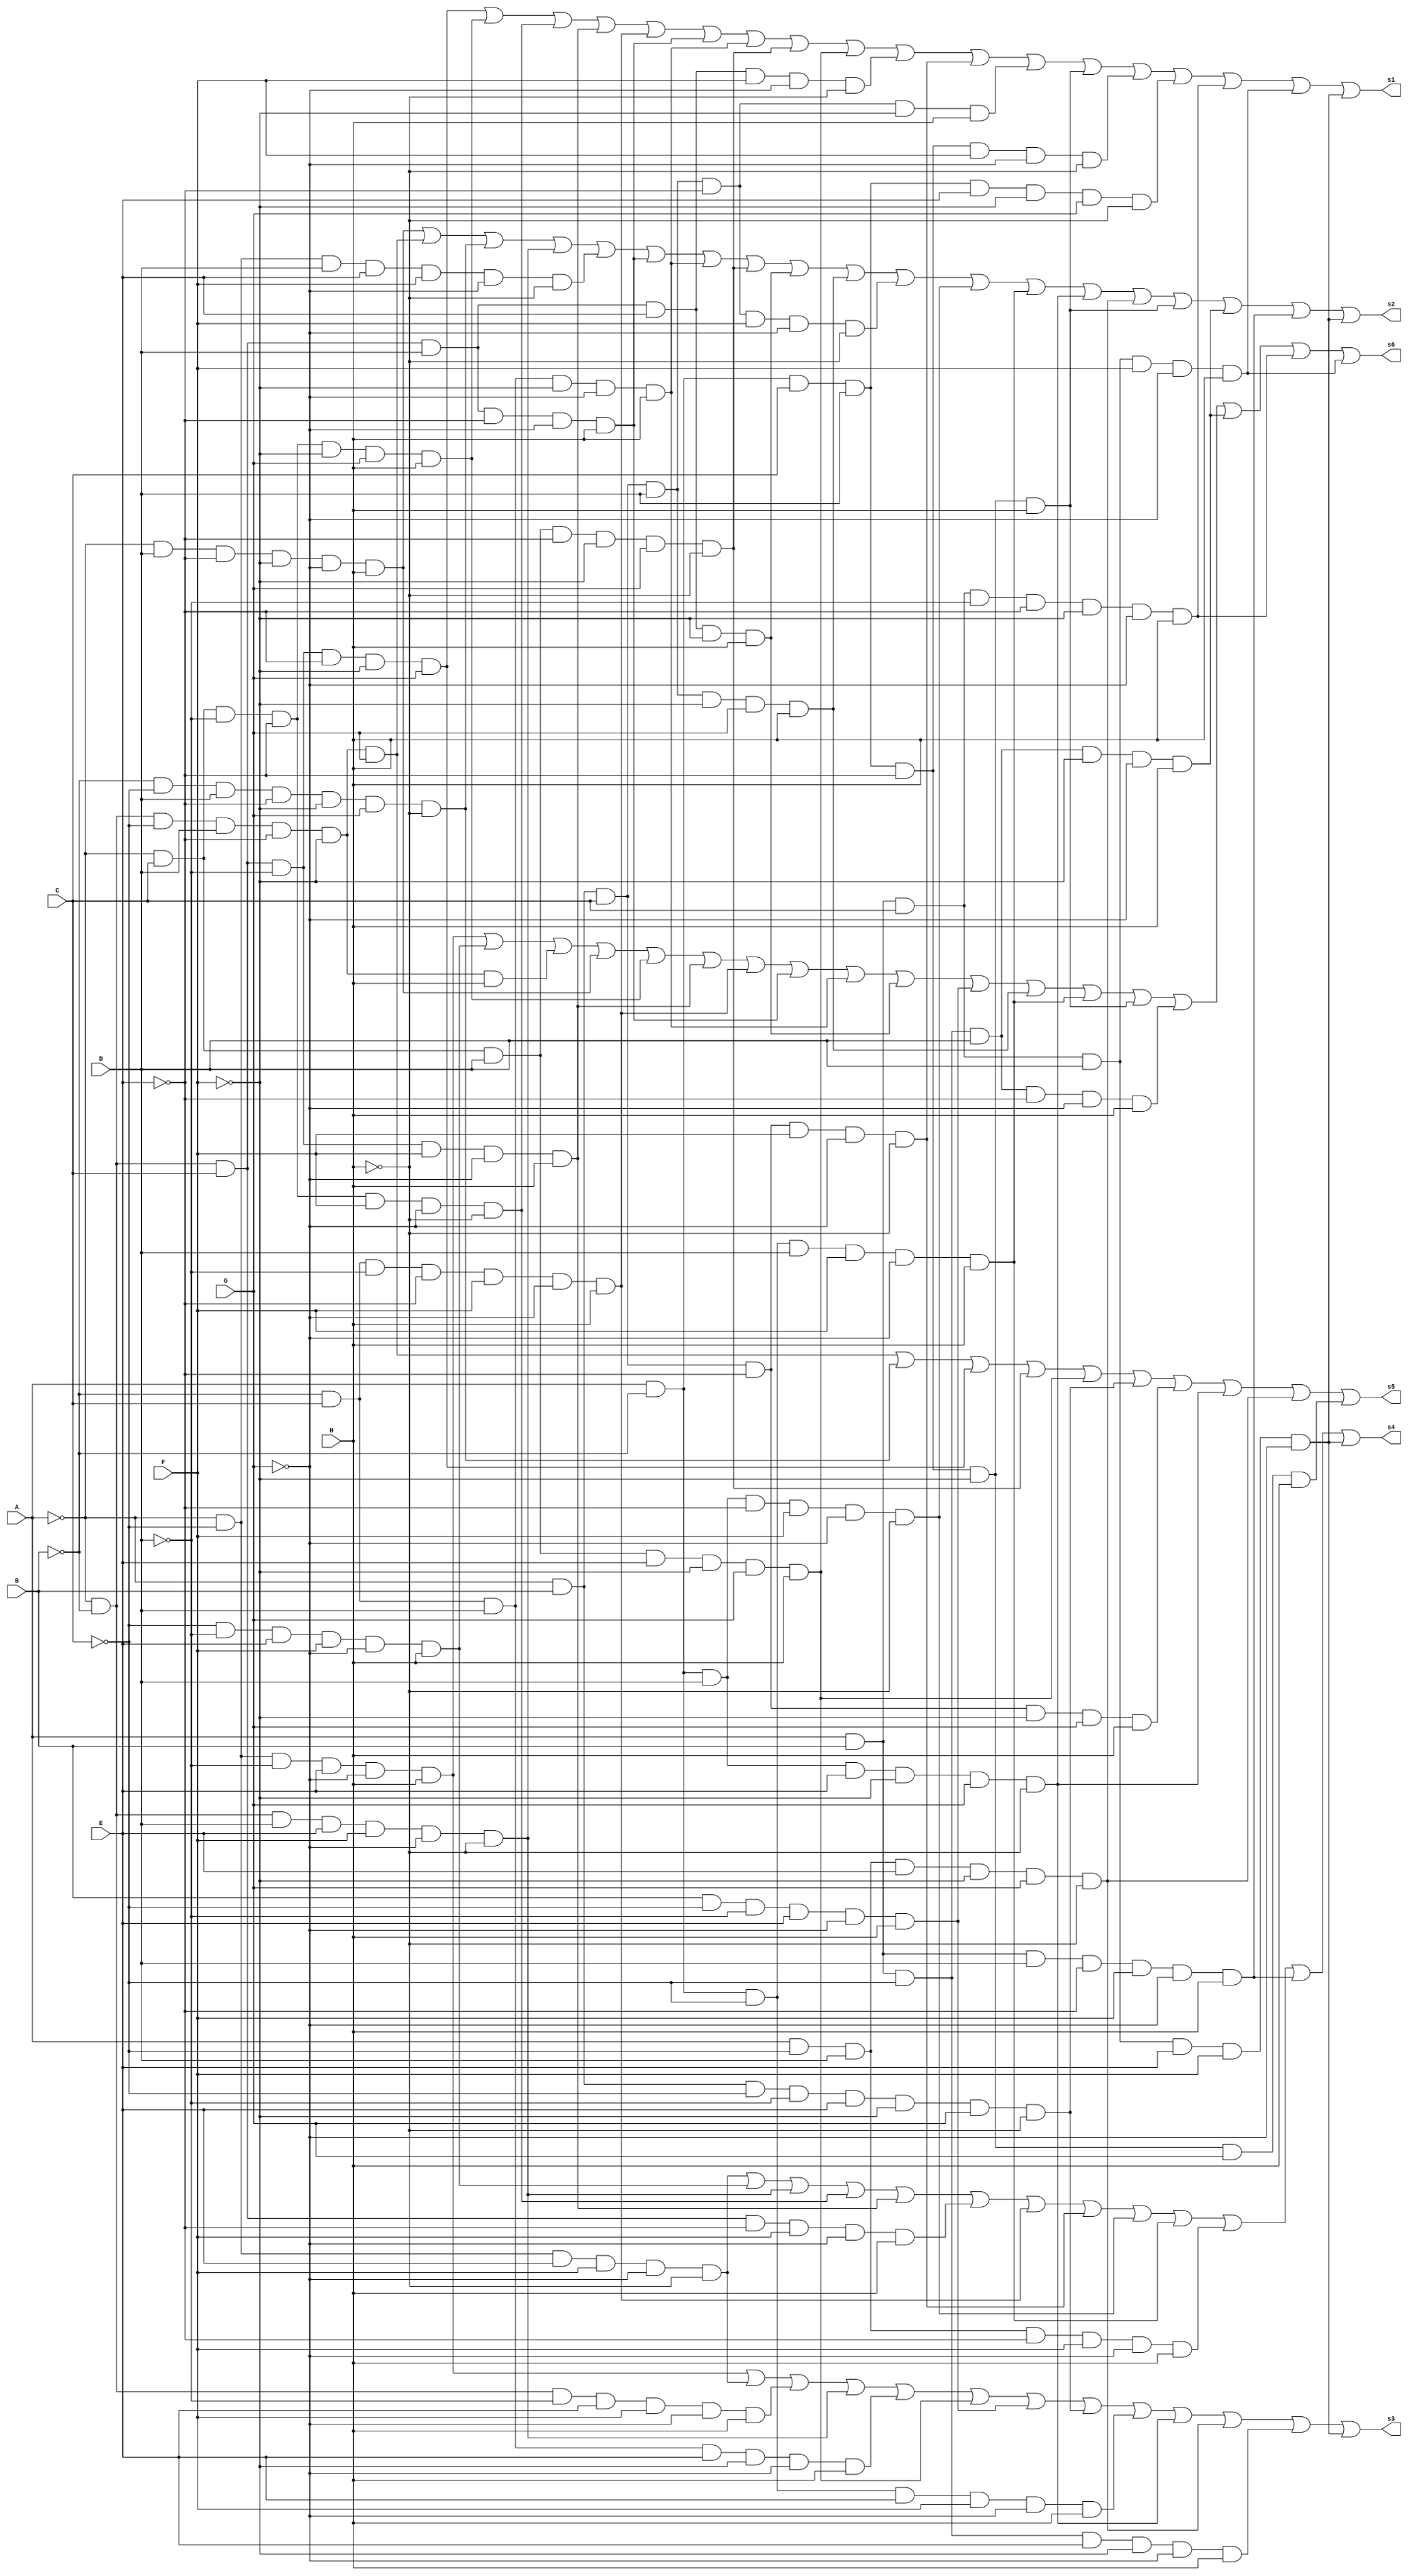
module ataque(//errado rever 
input A,B,C,D,E,F,G,H,
output s1,s2,s3,s4,s5,s6);

assign s1 = (~A & ~B & C & ~D & ~E & ~F & G) | (~A & C & ~D & ~E & ~F & G & H) | (~A & C & ~D & ~E & F & ~G & ~H) | (~A & ~B & C & ~D & F & ~G & H) | (~B & C & ~D & ~E & F & ~G & H) | (~A & ~B & C & D & ~E & ~G & H) | (~B & C & D & ~F & ~G & H) | (~A & C & D & ~E & ~F & G & ~H) | (~A & C & D & E & ~F & G & H) | (~A & ~B & C & D & E & F & ~G & ~H) | (~A & B & C & ~E & F & ~G & ~H) | (~A & B & C & D & ~E & ~F & H) | (A & ~B & C & D & ~E & ~F & H) | (A & ~B & C & D & ~E & F & ~G & ~H) | (A & ~B & C & D & E & ~F & G & ~H) | (A & B & C & ~D & ~E & ~F & ~G & H) | (A & B & C & D & F & ~G & H) | (A & B & C & D & E & F & ~G);

assign s2 = ( ~A & D & ~E &~F &~G & H) |( ~A & ~B & ~C & D & ~E & ~F & G) |( ~B & ~C &  D & ~E & ~F & G  & ~H) |(~A &  ~B &  D &  E &  F &  ~G &  ~H )|( ~A & ~C &  D &  E &  F & ~G &  ~H )|( ~A &  ~B &  C &  D &  ~E & ~G & H) |( ~B &  C &  D  & ~F & ~G&  H) |( ~A&  C &  D &  ~E &  ~F &  G  & ~H )| (~A & ~B &  C &  D & E &  ~F & H) |( ~A  & B &  C &  D & ~F & G & H) | (~A & B &  C &  D & ~E &  F &  ~G &  ~H)|( A &  ~B &  D &  ~E &  F &  ~G & ~H) |( A & ~B &  ~C & D&  F &  ~G & H) | (A &  ~B &  D &  E &  ~F &  G & ~H )|( A &  ~C & D & E & ~F &  G &  ~H)|( A &  ~B &  C &  D & ~E & ~F & H) |( A & B &  ~C &  D &  ~F &  ~G  & H) |( A &  B & D &  ~E & F &  ~G &  H) |( A & B &  C & D &  E  & F  & ~G);

assign s3 = (~A & ~C & ~D & E & ~G & H) | (~A & ~C & E & F & ~G & ~H) | (~A & ~B & ~D & E & F & ~G & H) | (~A & ~B & D & E & F & ~G & ~H) | (~B & C & D & E & ~F & ~G & H) | (~A & C & D & E & ~F & G & H) | (B & ~C & ~D & E & ~G & H) | (~A & B & ~C & ~D & E & ~F & G & ~H) | (A & ~B & ~C & E & F & ~G & H) | (A & ~B & D & E & ~F & G & ~H) | (A & ~C & D & E & ~F & G & ~H) | (A & B & ~C & E & ~F & ~G & H) | (A & B & C & D & E & F & ~G);

assign s4 = (~A & ~C & E & F & ~G & ~H) | (~C & ~D & E & F & ~G & H) | (~A & ~B & D & E & F & ~G & ~H) | (~A & C & ~D & ~E & F & ~G & ~H) | (~A & ~B & C & ~D & F & ~G & H) | (~A & ~B & C & ~E & F & ~G & H) | (~B & C & ~D & ~E & F & ~G & H) | (~A & B & C & ~E & F & ~G & ~H) | (A & ~B & D & ~E & F & ~G & ~H) | (A & ~B & ~C & D & F & ~G & H) | (A & ~C & D & ~E & F & ~G & H) | (A & B & D & ~E & F & ~G & H) | (A & B & C & D & E & F & ~G);

assign s5 = (~A & ~B & ~C & D & ~E & ~F & G) | (~B & ~C & D & ~E & ~F & G & ~H) | (~A & ~B & C & ~D & ~E & ~F & G) | (~A & C & D & ~E & ~F & G & ~H) | (~A & C & D & E & ~F & G & H) | (~A & B & ~C & ~D & E & ~F & G & ~H) | (~A & B & C & ~E & ~F & G & H) | (A & ~B & D & E & ~F & G & ~H) | (A & ~C & D & E & ~F & G & ~H) | (A & ~B & C & D & ~E & ~F & G & H);

assign s6 = (~A & ~C & ~D &  E &  ~G &  H)|( ~C & ~D & E & F & ~G & H)|(~A & ~B & ~C & D & ~E & ~F & H)|( ~A & D & ~E & ~F & ~G & H)|( ~A & C & ~D & ~E & ~F & G & H) |( ~A & ~B & C & ~D & F & ~G & H) |( ~B & C & ~D & ~E & F & ~G & H) |( ~A & ~B & C & D & ~E & ~G & H) |( ~B & C & D & ~F & ~G & H) |( ~A & ~B & C & D & E & ~F & H)|( B & ~C & ~D & E & ~G & H) |( ~A & B & C & D & ~F & G & H) |( A & ~B & ~C & D & F & ~G & H) |( A & ~B & C & D & ~E & ~F & H)|( A & B & ~C & D & ~E & ~G & H) |( A & B & ~C & D & ~F & ~G & H) |( A & B & C & ~D & ~E & ~F & ~G & H) |( A & B & C & D & F & ~G & H);


endmodule